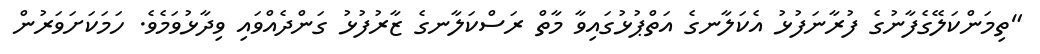
"ތިމަންކަލޭގެފާނުގެ ފުރާނަފުޅު އެކަލާނގެ އަތްޕުޅުގައިވާ މާތް ރަސްކަލާނގެ ޒާރުފުޅު ގަންދެއްވައި ވިދާޅުވަމެވެ. ހަމަކަށަވަރުން